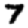
Digit: 7